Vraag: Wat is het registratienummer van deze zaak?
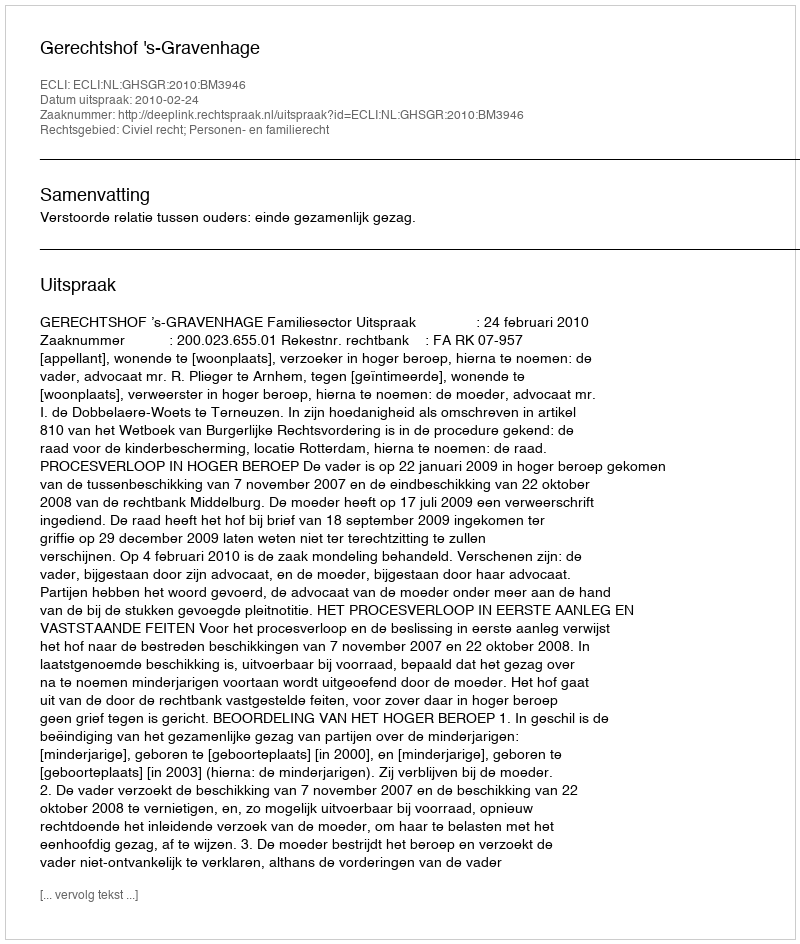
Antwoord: http://deeplink.rechtspraak.nl/uitspraak?id=ECLI:NL:GHSGR:2010:BM3946